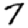
Digit: 7